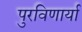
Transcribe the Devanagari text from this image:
पुरविणार्या